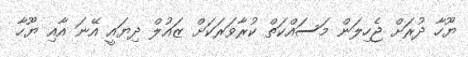
ޔޫހާ ދުރަށް ޖެހިލަން މަސައްކަތް ކުރާވަރަކަށް ޒައުލް ދިޔައީ އޭނަ އާއި ޔޫހާ